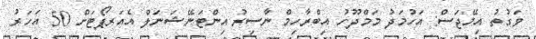
ވަގުތު އިމޭޖަސް: އަހުމަދު މަމްދޫހު އިބްރާހިމް ނާސިރު އިންޓަނޭޝަނަލް އެއަރޕޯޓަށް 50 އަހަރު